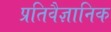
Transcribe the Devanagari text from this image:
प्रतिवैज्ञानिक